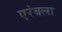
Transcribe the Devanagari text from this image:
एरंबला